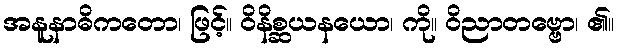
အနူနာဓိကတော၊ ဖြင့်။ ဝိနိစ္ဆယနယော၊ ကို။ ဝိညာတဗ္ဗော၊ ၏။